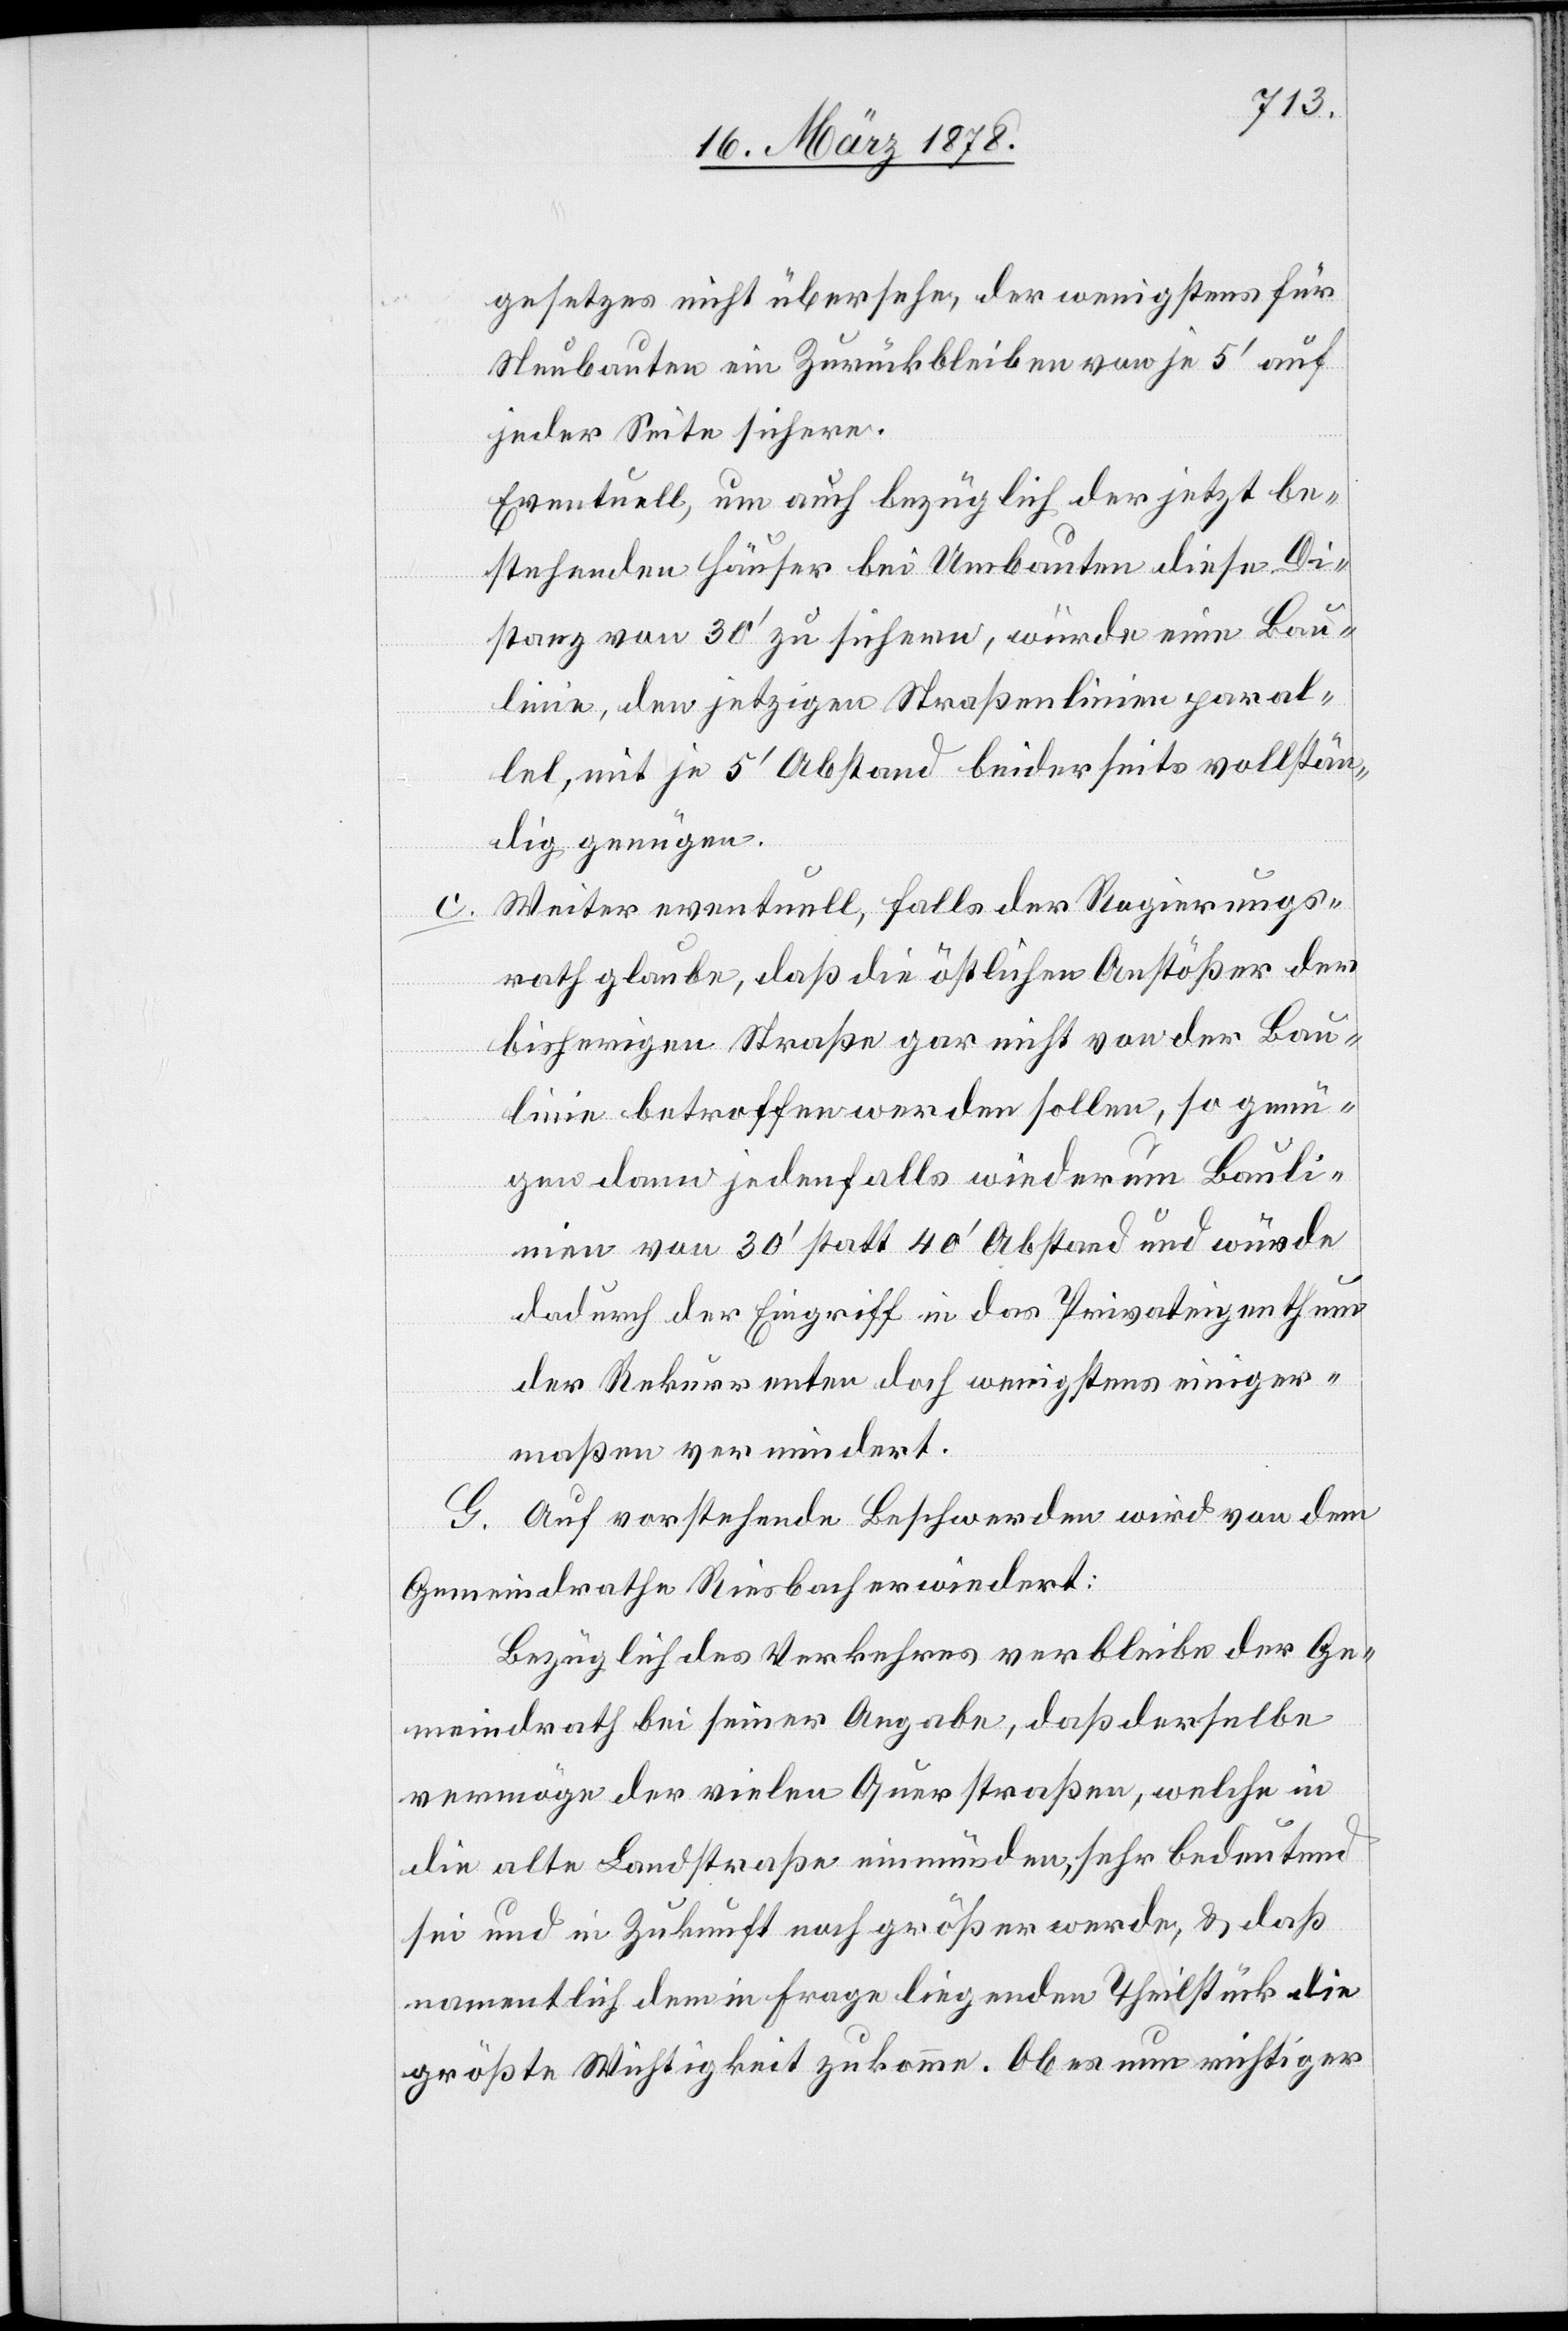
c.

gesetzes nicht übersehe, der wenigstens für
Neubauten ein Zurückbleiben von je 5’ auf
jeder Seite sichere.
Eventuell, um auch bezüglich der jetzt be¬
stehenden Häuser bei Umbauten diese Di¬
stanz von 30’ zu sichern, würde eine Bau¬
linie, den jetzigen Straßenlinien paral¬
lel, mit je 5’ Abstand beiderseits vollstän¬
dig genügen.
Weiter eventuell, falls der Regierungs¬
rath glaube, daß die östlichen Anstößer der
bisherigen Straße gar nicht von der Bau¬
linie betroffen werden sollen, so genü¬
gen dann jedenfalls wiederum Bauli¬
nien von 30’ statt 40’ Abstand und würde
dadurch der Eingriff in das Privateigenthum
der Rekurrenten doch wenigstens einiger¬
maßen vermindert.
G. Auf vorstehende Beschwerden wird von dem
Gemeindrathe Riesbach erwiedert:
Bezüglich des Verkehres verbleibe der Ge¬
meindrath bei seiner Angabe, daß derselbe
vermöge der vielen Querstraßen, welche in
die alte Landstraße einmünden, sehr bedeutend
sei und in Zukunft noch größer werde, & daß
namentlich dem in Frage liegenden Theilstück die
größte Wichtigkeit zukomme. Ob es nun richtiger